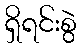
ရှိရင်းစွဲ